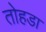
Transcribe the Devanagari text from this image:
तोहडा